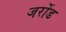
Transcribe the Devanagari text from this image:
जर्रोड